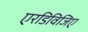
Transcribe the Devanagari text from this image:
एरडिविजिए